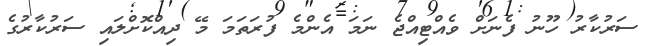
ސަރުކާރު ހޫނު ފެނަށް ވެއްޓިއްޖެ ނަމަ އެންމެ ފުރަތަމަ މޭ ދިއްކޮށްލައި ސަރުކާރުގެ